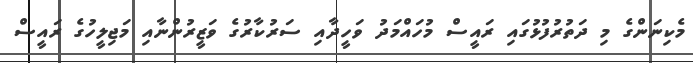
މެކިނަންގެ މި ދަތުރުފުޅުގައި ރައީސް މުހައްމަދު ވަހީދާއި ސަރުކާރުގެ ވަޒީރުންނާއި މަޖިލީހުގެ ރައީސް